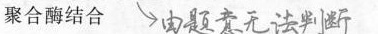
聚合酶结合 ##\searrow 由题意无法判断##